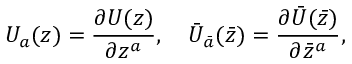
U _ { a } ( z ) = \frac { \partial U ( z ) } { \partial z ^ { a } } , \quad { \bar { U } } _ { \bar { a } } ( \bar { z } ) = \frac { \partial { \bar { U } } ( { \bar { z } } ) } { \partial { \bar { z } } ^ { a } } ,